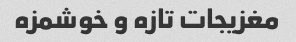
مغزیجات تازه و خوشمزه